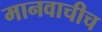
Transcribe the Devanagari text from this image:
मानवाचीच